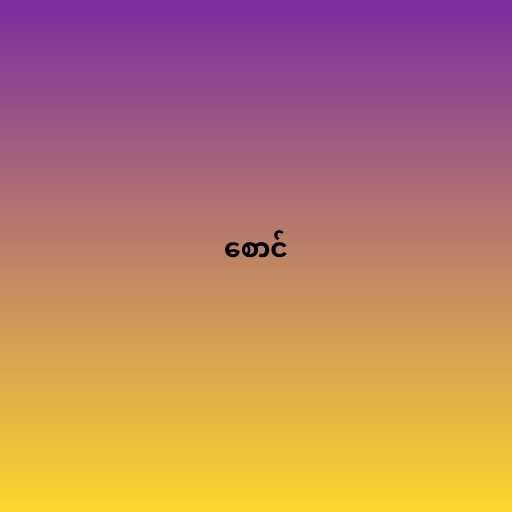
စောင်